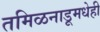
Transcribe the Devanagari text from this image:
तमिळनाडूमधेही